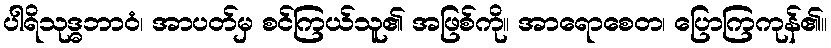
ပါရိသုဒ္ဓဘာဝံ၊ အာပတ်မှ စင်ကြယ်သူ၏ အဖြစ်ကို။ အာရောစေတ၊ ပြောကြကုန်၏။